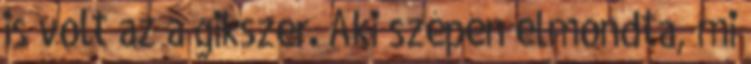
is volt az a gikszer. Aki szépen elmondta, mi